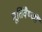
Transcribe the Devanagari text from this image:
मूर्तिवैष्णों